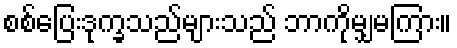
စစ်ပြေးဒုက္ခသည်များသည် ဘာကိုမျှမကြား။